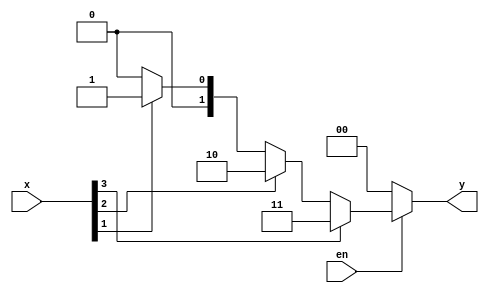
module exp2_3(x, en, y);
	input [3:0] x;
	input en;
	output reg [1:0] y;
	integer i=0;
	always @(x or en)
		begin
			if(en)
			begin
				y=0;
				for(i=0; i<=3; i=i+1)
					if(x[i]==1)	y=i;
			end
			else y=0;
		end
		
endmodule